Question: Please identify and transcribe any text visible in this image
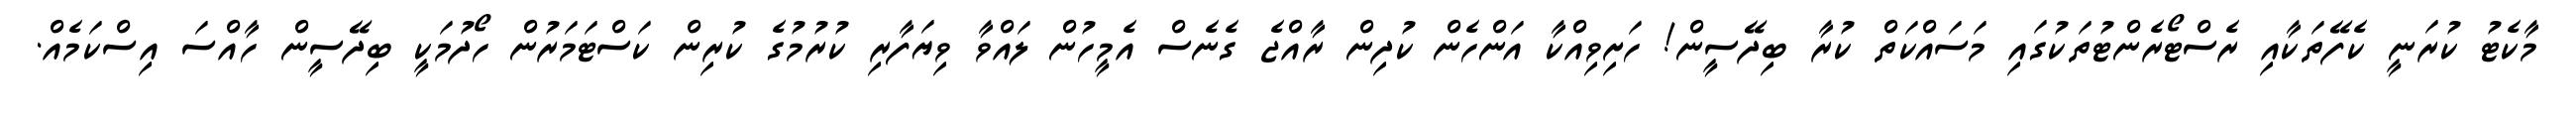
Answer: މާކެޓު ކުރަނީ ކެފޭތަކާއި ރެސްޓޯރެންޓުތަކުގައި މަސައްކަތް ކުރާ ބިދޭސީން! ހަށިވިއްކާ އަންހެން ކުދިން ރާއްޖެ ގެނެސް އެމީހުން ލައްވާ ވިޔަފާރި ކުރުމުގެ ކުރިން ކަސްޓަމަރުން ހޯދުމަކީ ބިދޭސީން ހާއްސަ އިސްކަމެއް.